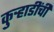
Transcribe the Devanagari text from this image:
कुऱ्हाडींची